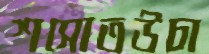
শসোতউচা